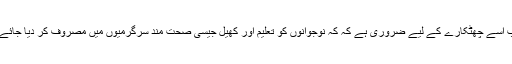
اب اسے چھٹکارے کے لیے ضروری ہے کہ کہ نوجوانوں کو تعلیم اور کھیل جیسی صحت مند سرگرمیوں میں مصروف کر دیا جائے ۔